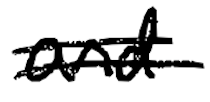
Text: and
Cross-out: double-line
Writing tool: digital_black